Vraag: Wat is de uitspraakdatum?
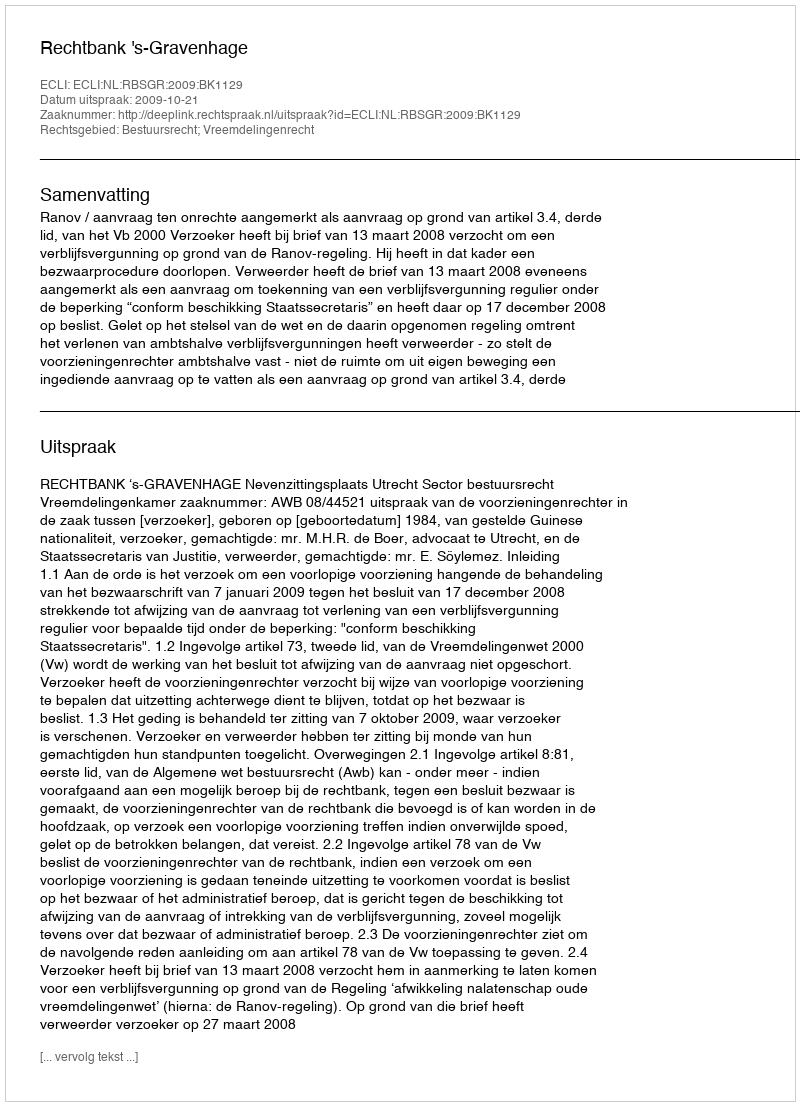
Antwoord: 2009-10-21